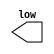
`timescale 1ns / 1ps 
//////////////////////////////////////////////////////////////////////////////////
// Company: MoySys, LLC
//
// Design Name:
// Module Name: zero_constant
// Project Name:
// Target Devices:
// Tool Versions:
// Description:
//
// Dependencies:
//
// Revision:
// Revision 0.01 - File Created
// Additional Comments:
//
//////////////////////////////////////////////////////////////////////////////////


module zero_constant(
          output low
       );

assign log = 0 ;

endmodule